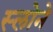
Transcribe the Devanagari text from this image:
स्‍लोने